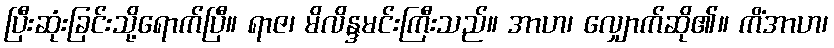
ပြီးဆုံးခြင်းသို့ရောက်ပြီ။ ရာဇ၊ မိလိန္ဒမင်းကြီးသည်။ အာဟ၊ လျှောက်ဆို၏။ ကိံအာဟ၊